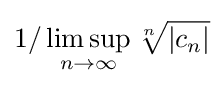
1/\limsup _{n\rightarrow \infty }{\sqrt[{n}]{|c_{n}|}}